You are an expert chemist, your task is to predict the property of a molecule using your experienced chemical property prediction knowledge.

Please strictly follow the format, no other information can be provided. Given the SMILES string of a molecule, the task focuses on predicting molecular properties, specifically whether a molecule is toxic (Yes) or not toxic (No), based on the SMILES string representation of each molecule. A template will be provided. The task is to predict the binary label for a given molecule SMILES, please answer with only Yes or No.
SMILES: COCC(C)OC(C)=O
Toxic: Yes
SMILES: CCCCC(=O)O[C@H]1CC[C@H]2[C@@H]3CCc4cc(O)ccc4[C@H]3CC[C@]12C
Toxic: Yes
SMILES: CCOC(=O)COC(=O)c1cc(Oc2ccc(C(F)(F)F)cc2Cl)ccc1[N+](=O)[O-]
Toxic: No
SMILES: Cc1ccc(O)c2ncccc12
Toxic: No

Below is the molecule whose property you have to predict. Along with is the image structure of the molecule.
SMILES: Cc1ccc(C(C)c2ccc(C)c(C)c2)cc1C
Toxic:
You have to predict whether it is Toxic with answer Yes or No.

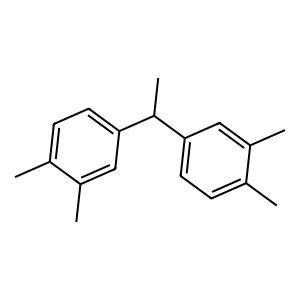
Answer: No